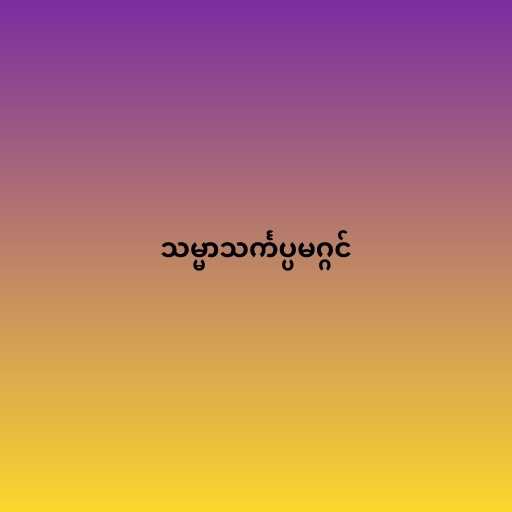
သမ္မာသင်္ကပ္ပမဂ္ဂင်